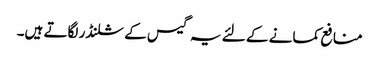
منافع کمانے کے لئے یہ گیس کے سلنڈر لگاتے ہیں۔